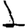
Digit: 1